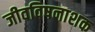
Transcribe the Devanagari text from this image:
जीवविषनाशक